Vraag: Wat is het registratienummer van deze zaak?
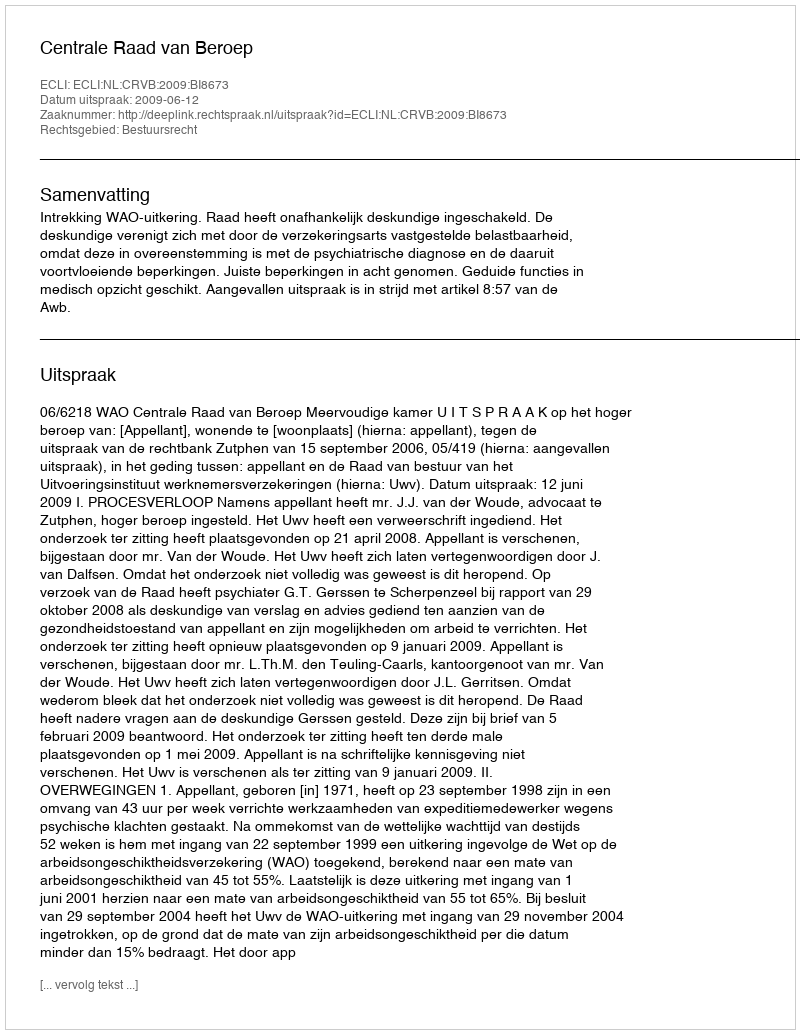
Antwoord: http://deeplink.rechtspraak.nl/uitspraak?id=ECLI:NL:CRVB:2009:BI8673